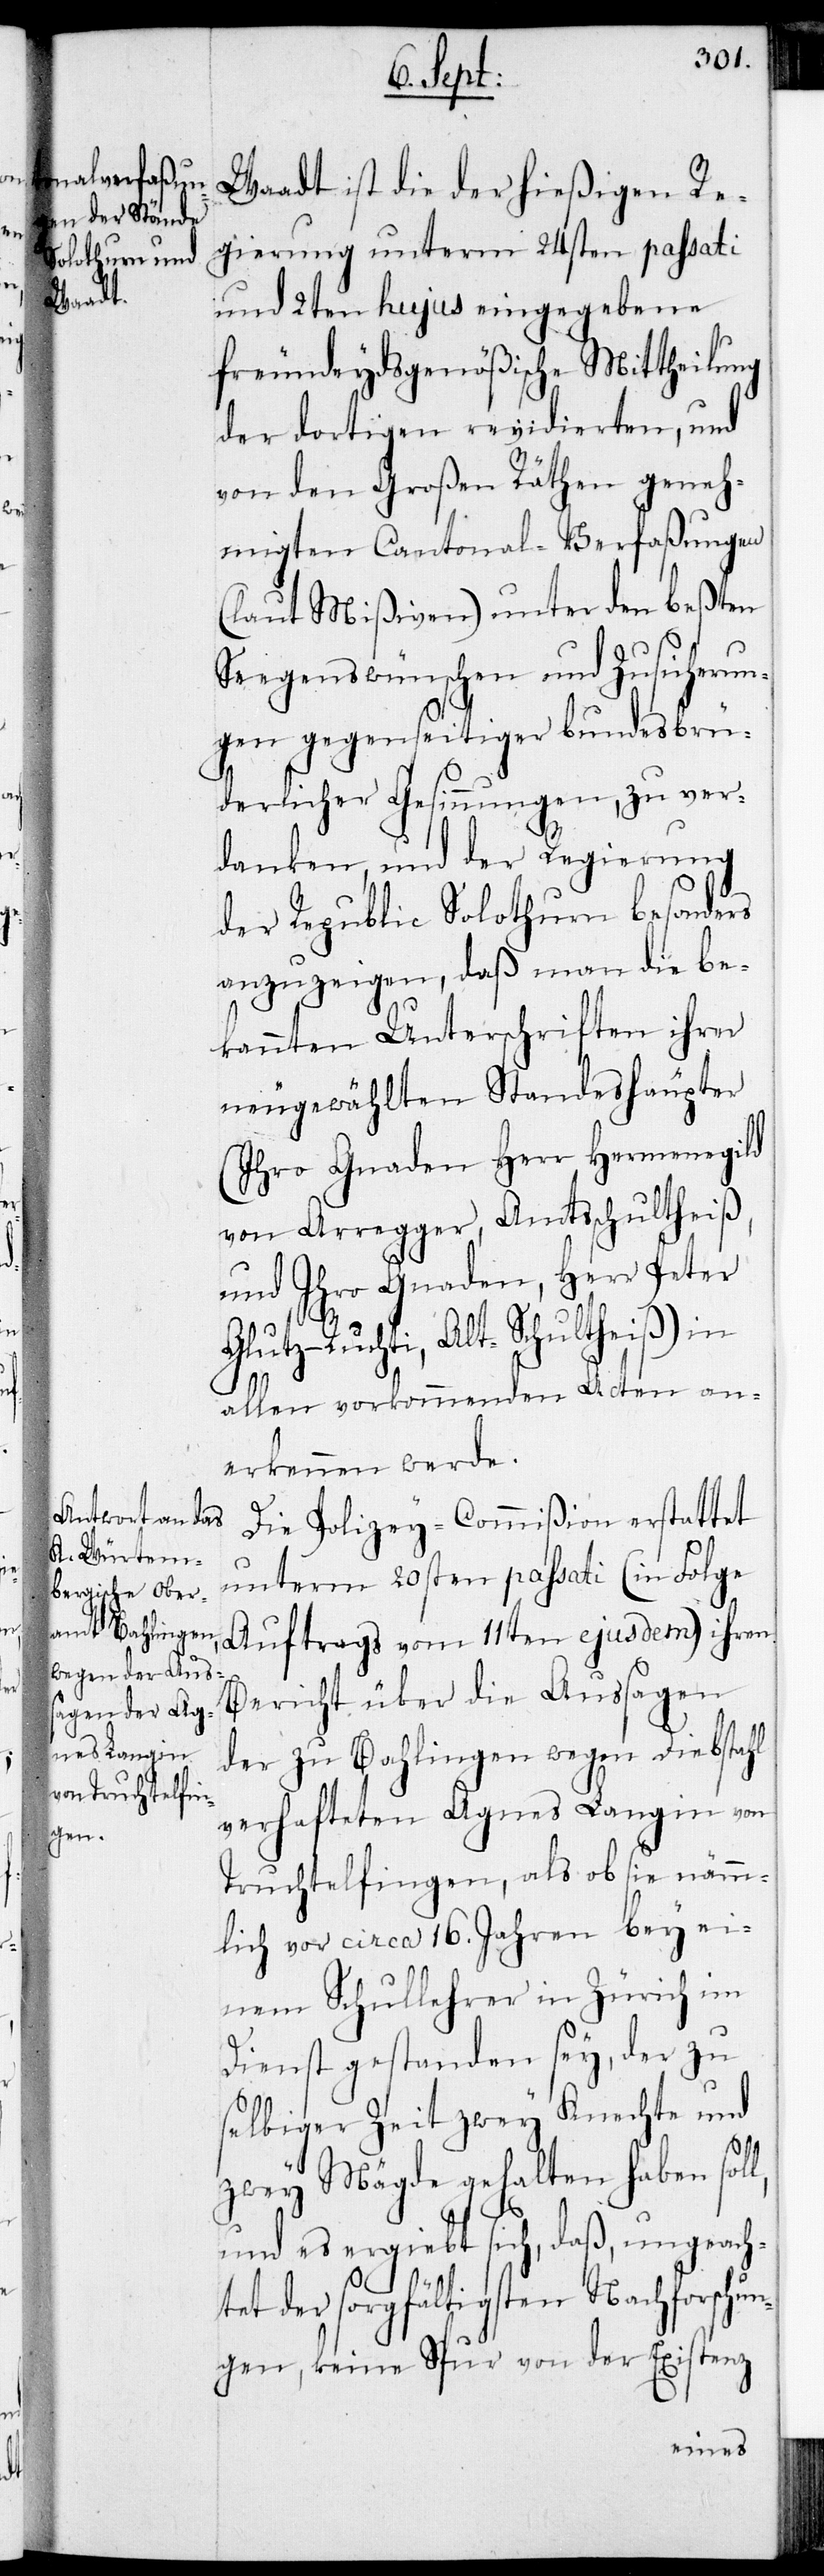
l,

Waadt ist die der hießigen Re¬
gierung unterm 24sten passati
und 2ten hujus eingegebene
freundeydsgenößische Mittheilung
der dortigen revidierten, und
von den Großen Räthen geneh¬
migten Cantonal-Verfaßungen
(laut Mißiven) unter den beßten
Seegenswünschen und Zusicherun¬
gen gegenseitiger bundesbrü¬
derlicher Gesinnungen, zu ver¬
danken, und der Regierung
der Republic Solothurn besonders
anzuzeigen, daß man die be¬
kannten Unterschriften ihrer
neugewählten Standeshäupter
(Ihro Gnaden Herr Hermenegild
von Arregger, Amtßchultheiß,
und Ihro Gnaden, Herr Peter
Glutz-Ruchti, Alt-Schultheiß) in
allen vorkommenden Acten an¬
erkennen werde.
Die Polizey-Commißion erstattet
unterm 20sten passati (in Folge
Auftrags vom 11ten ejusdem) ihren
Bericht über die Aussagen
der zu Bahlingen wegen Diebstahl
verhafteten Agnes Langin von
Truchtelfingen, als ob sie nämm¬
lich vor circa 16. Jahren bey ei¬
nem Schullehrer in Zürich im
Dienst gestanden sey, der zu
selbiger Zeit zwey Knechte und
zwey Mägde gehalten haben sol¬
und es ergiebt sich, daß, ungeach¬
tet der sorgfältigsten Nachforschun¬
gen, keine Spur von der Existenz